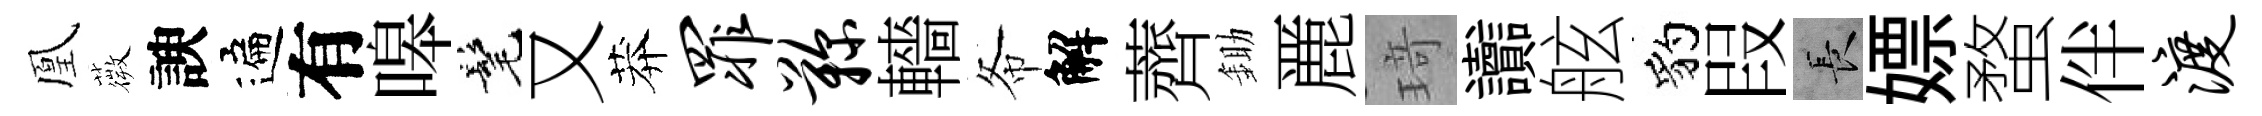
凰薇諛遍有嗥髦又莽罪鞠轖𢁙解薺鋤䴡𤦺讟舷豹叚长嫖蝥伴渡